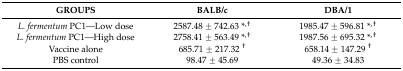
<table><thead><tr><td><b>GROUPS</b></td><td><b>BALB/c</b></td><td><b>DBA/1</b></td></tr></thead><tbody><tr><td><i>L. fermentum</i> PC1—Low dose</td><td>2587.48 ± 742.63 *<sup>,</sup><sup>†</sup></td><td>1985.47 ± 596.81 *<sup>,</sup><sup>†</sup></td></tr><tr><td><i>L. fermentum</i> PC1—High dose</td><td>2758.41 ± 563.49 *<sup>,</sup><sup>†</sup></td><td>1987.56 ± 695.32 *<sup>,</sup><sup>†</sup></td></tr><tr><td>Vaccine alone</td><td>685.71 ± 217.32 <sup>†</sup></td><td>658.14 ± 147.29 <sup>†</sup></td></tr><tr><td>PBS control</td><td>98.47 ± 45.69</td><td>49.36 ± 34.83</td></tr></tbody></table>